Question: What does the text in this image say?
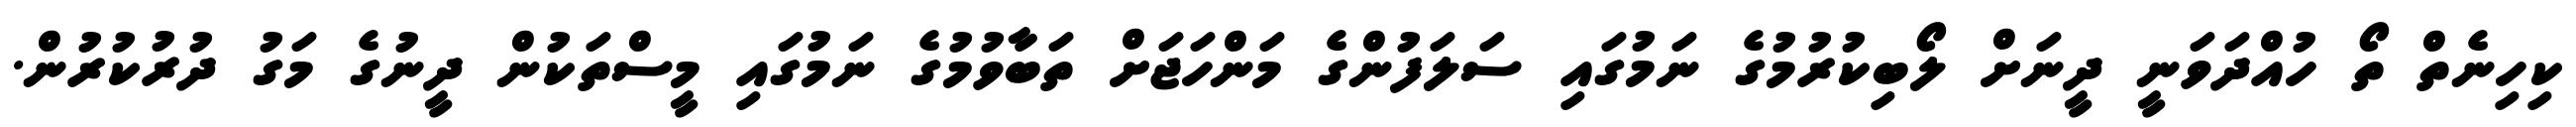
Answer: ކިހިނެތް ތޯ ހުއްދަވަނީ ދީނަށް ލޯބިކުރުމުގެ ނަމުގައި ސަލަފުންގެ މަންހަޖަށް ތަބާވުމުގެ ނަމުގައި މީސްތަކުން ދީނުގެ މަގު ދުރުކުރުން.